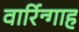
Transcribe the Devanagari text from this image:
वार्रिन्गाह